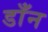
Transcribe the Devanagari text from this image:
डाँन